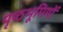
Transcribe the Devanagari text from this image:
पृष्‍ठभूमियों